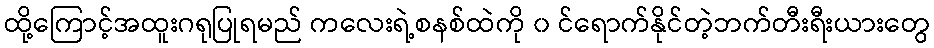
ထို့ကြောင့်အထူးဂရုပြုရမည် ကလေးရဲ့စနစ်ထဲကို ၀ င်ရောက်နိုင်တဲ့ဘက်တီးရီးယားတွေ